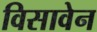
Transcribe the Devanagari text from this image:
विसावेन